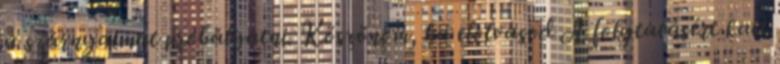
a szárnyaimat próbálgatni. Köszönöm, ha elolvasod A folytatásért katt